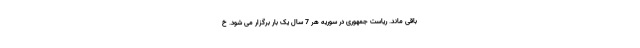
باقی ماند. ریاست جمهوری در سوریه هر 7 سال یک بار برگزار می شود. خ